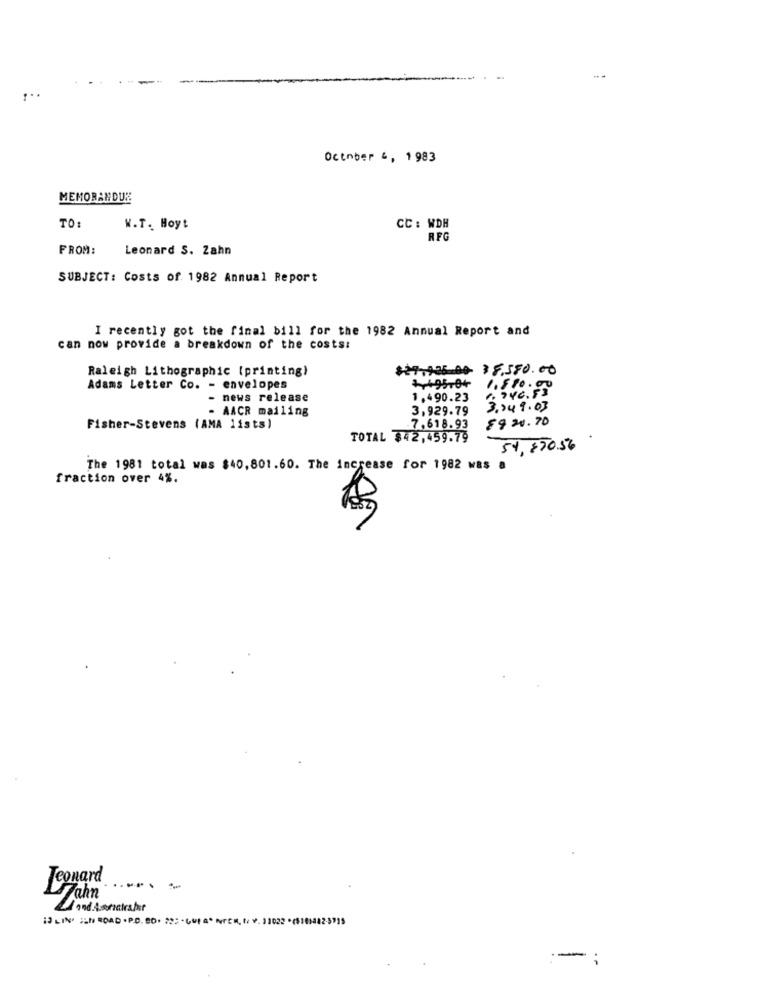
October 4, 1 983
MEMORANDUM
TO
W.T. Hoy!
CC : WDH
RFG
FROM:
Leonard S. Zahn
SUBJECT: Costs of 1982 Annual Report
I recently got the final bill for the 1982 Annual Report and
can now provide a breakdown of the costs:
Raleigh Lithographic [printing)
27,905-00- 1 5.350.00
Adams Letter Co. - envelopes
+495-04
1.580.00
740.53
- news release
1.490.23
- AACR mailing
3.929.79
3.049.03
8920.70
Fisher-Stevens (AMA 1ists)
7.618.93
TOTAL $42,459.79
54, 850.56
The 1981 total was $40,801.60. The increase for 1982 was a
fraction over 4%.
Jeonard
- -
and Asneteater
-;